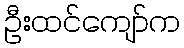
ဦးထင်ကျော်က